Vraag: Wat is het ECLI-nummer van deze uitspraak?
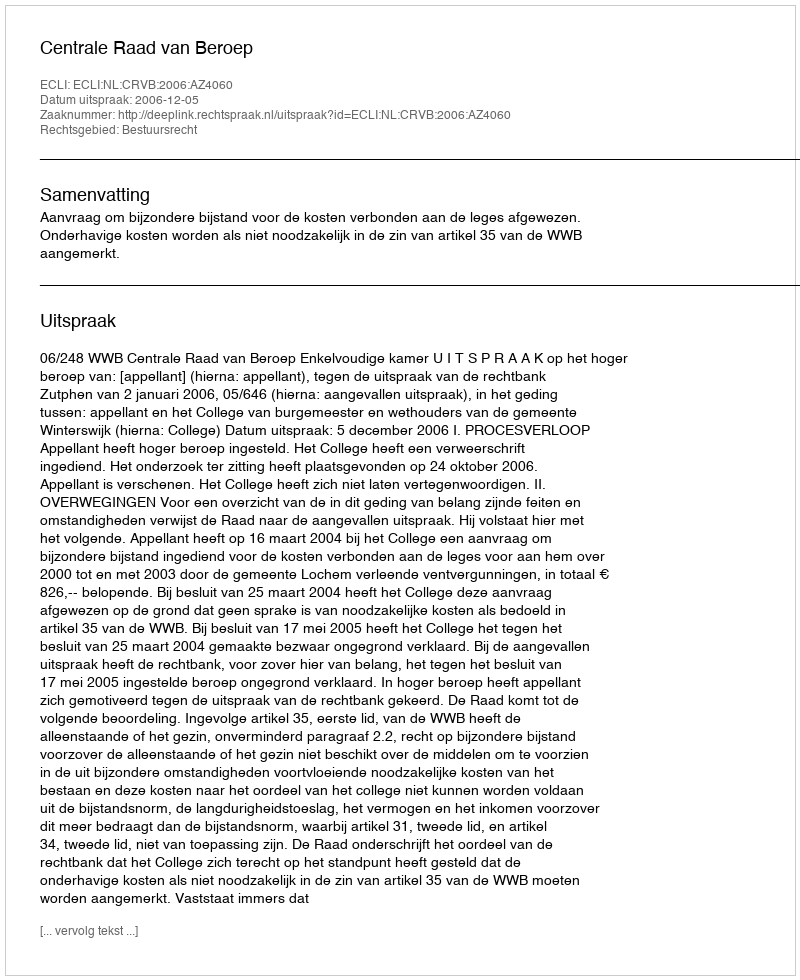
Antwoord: ECLI:NL:CRVB:2006:AZ4060